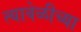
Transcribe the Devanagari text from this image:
त्यावेळीच्या